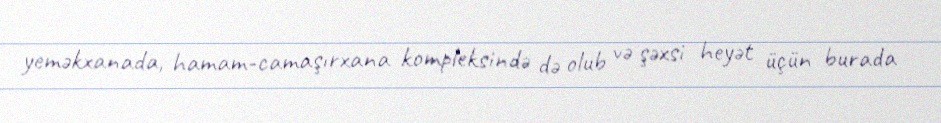
yeməkxanada, hamam-camaşırxana kompleksində də olub və şəxsi heyət üçün burada